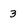
Character: 3